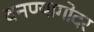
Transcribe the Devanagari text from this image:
बनण्यागोदर